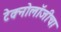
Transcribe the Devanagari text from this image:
टेक्नोलॉजीचा